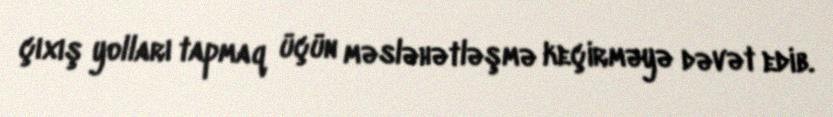
çıxış yolları tapmaq üçün məsləhətləşmə keçirməyə dəvət edib.